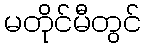
မတိုင်မီတွင်